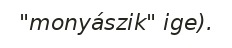
"monyászik" ige).